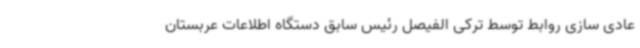
عادی سازی روابط توسط ترکی الفیصل رئیس سابق دستگاه اطلاعات عربستان